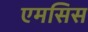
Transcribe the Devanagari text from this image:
एमसिस